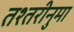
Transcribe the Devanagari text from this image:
तश्तरीनुमा